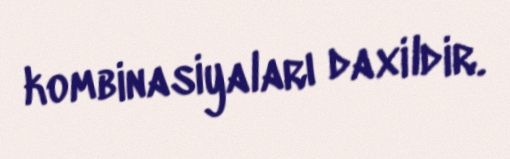
kombinasiyaları daxildir.